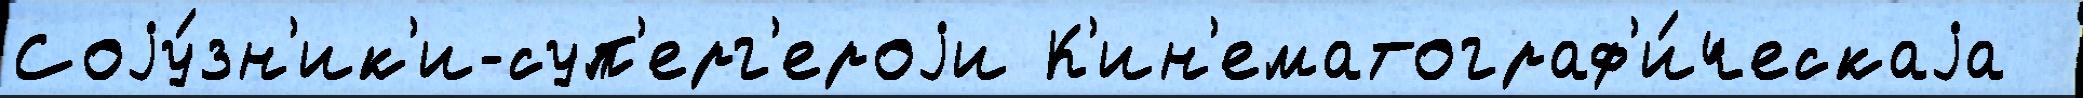
Соjу́зн'ик'и-суп'ерг'ероjи К'ин'ематограф'и́ческаjа